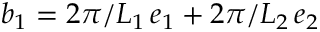
\boldsymbol b _ { 1 } = 2 \pi / L _ { 1 } \, \boldsymbol e _ { 1 } + 2 \pi / L _ { 2 } \, \boldsymbol e _ { 2 }